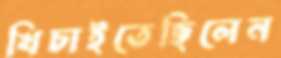
খিচাইতেছিলেন